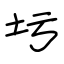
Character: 圬